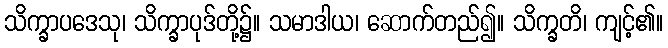
သိက္ခာပဒေသု၊ သိက္ခာပုဒ်တို့၌။ သမာဒါယ၊ ဆောက်တည်၍။ သိက္ခတိ၊ ကျင့်၏။